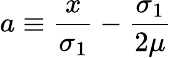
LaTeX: a\equiv\frac{x}{\sigma_{1}}-\frac{\sigma_{1}}{2\mu}